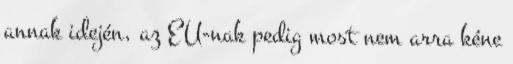
annak idején, az EU-nak pedig most nem arra kéne